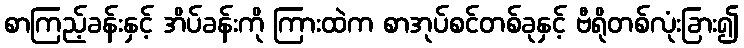
စာကြည့်ခန်းနှင့် အိပ်ခန်းကို ကြားထဲက စာအုပ်စင်တစ်ခုနှင့် ဗီရိုတစ်လုံးခြား၍